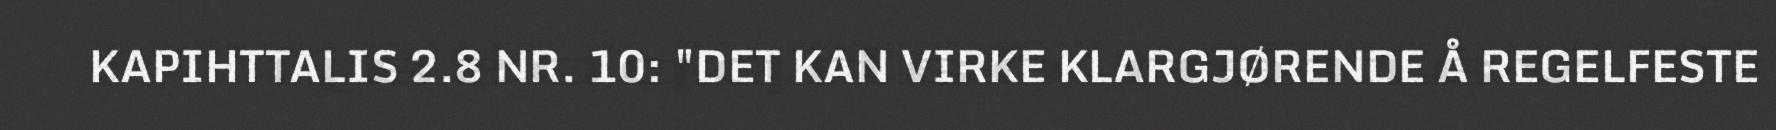
KAPIHTTALIS 2.8 NR. 10: "DET KAN VIRKE KLARGJØRENDE Å REGELFESTE